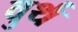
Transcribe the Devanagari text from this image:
वुर्थ